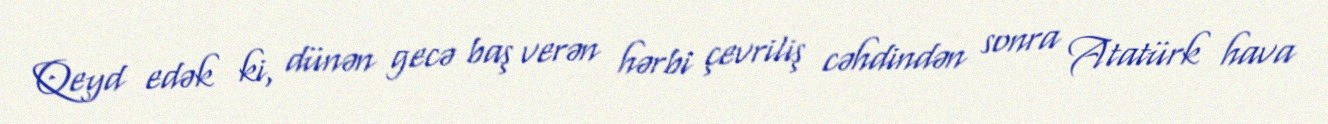
Qeyd edək ki, dünən gecə baş verən hərbi çevriliş cəhdindən sonra Atatürk hava